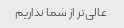
عالی‌تر از شما نداریم